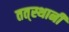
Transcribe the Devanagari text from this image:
तत्‌स्थानी